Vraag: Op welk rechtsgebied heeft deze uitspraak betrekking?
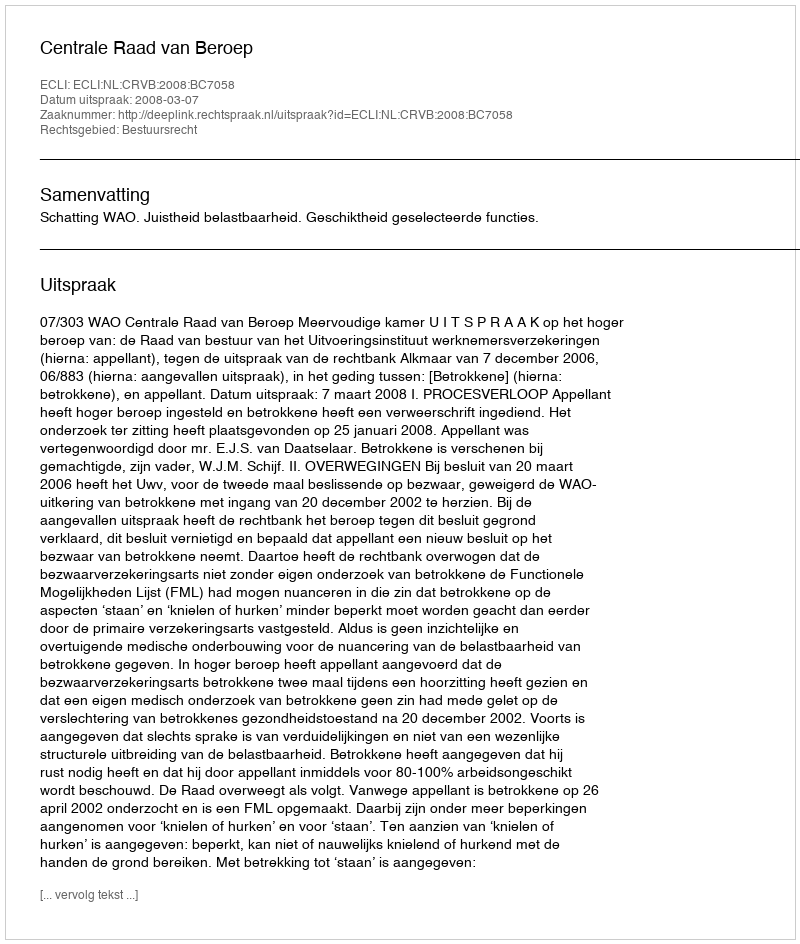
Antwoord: Bestuursrecht